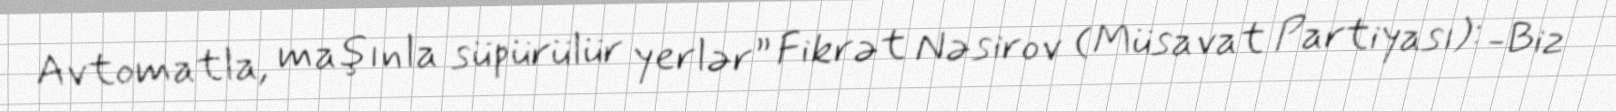
Avtomatla, maşınla süpürülür yerlər” Fikrət Nəsirov (Müsavat Partiyası): -Biz